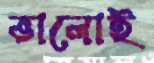
ভালোই